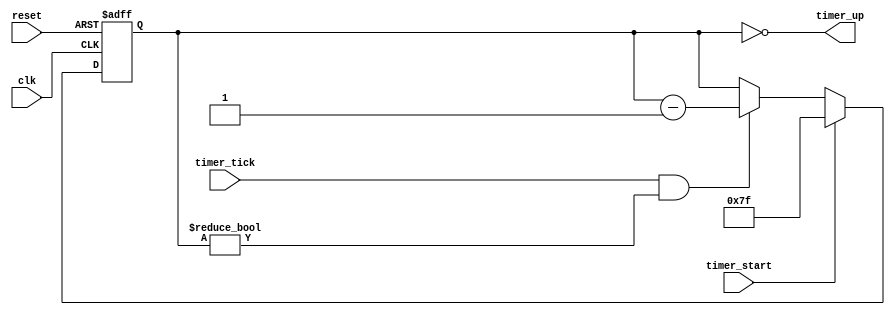

//////////////////////////////////////////////////////////////////////////////////
// Company: 
// Engineer: 
// 
// Design Name: 
// Module Name: timer
// Project Name: 
// Target Devices: 
// Tool Versions: 
// Description: 
// 
// Dependencies: 
// 
// Revision:
// Revision 0.01 - File Created
// Additional Comments:
// 
//////////////////////////////////////////////////////////////////////////////////


`timescale 1ns / 1ps
//////////////////////////////////////////////////////////////////////////////////
// Reference book: "FPGA Prototyping by Verilog Examples"
//                      "Xilinx Spartan-3 Version"
// Written by: Dr. Pong P. Chu
// Published by: Wiley, 2008
//
// Adapted for Basys 3 by David J. Marion aka FPGA Dude
//
//////////////////////////////////////////////////////////////////////////////////

module timer(
    input clk,
    input reset,
    input timer_start, timer_tick,
    output timer_up
    );
    
    // signal declaration
    reg [6:0] timer_reg, timer_next;
    
    // register control
    always @(posedge clk or posedge reset)
        if(reset)
            timer_reg <= 7'b1111111;
        else
            timer_reg <= timer_next;
    
    // next state logic
    always @*
        if(timer_start)
            timer_next = 7'b1111111;
        else if((timer_tick) && (timer_reg != 0))
            timer_next = timer_reg - 1;
        else
            timer_next = timer_reg;
            
    // output
    assign timer_up = (timer_reg == 0);
    
endmodule